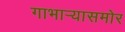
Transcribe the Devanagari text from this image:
गाभार्‍यासमोर